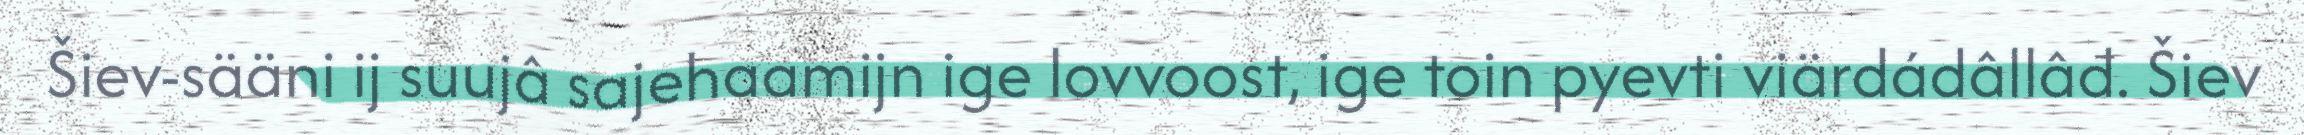
Šiev-sääni ij suujâ sajehaamijn ige lovvoost, ige toin pyevti viärdádâllâđ. Šiev